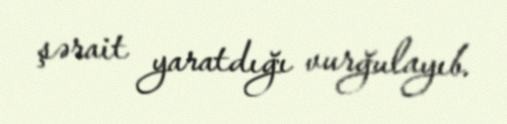
şərait yaratdığı vurğulayıb.